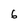
Character: 6